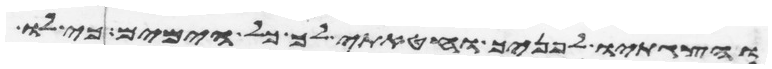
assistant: והצגתיו לפניך וחטאתי לך כל הימים כי לו